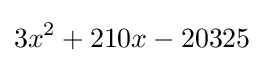
3x^{2}+210x-20325